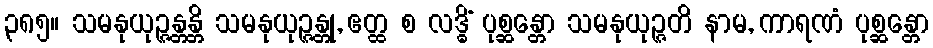
၃၈၅။ သမနုယုဉ္ဇန္တန္တိ သမနုယုဉ္ဇန္တု, ဧတ္ထ စ လဒ္ဓိံ ပုစ္ဆန္တော သမနုယုဉ္ဇတိ နာမ, ကာရဏံ ပုစ္ဆန္တော